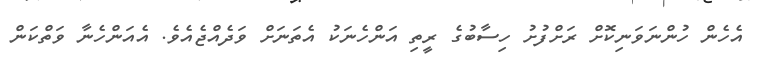
އެހެން ހުންނަވަނިކޮށް ރަށްފުށު ހިސާބުގެ ރީތި އަންހެނަކު އެތަނަށް ވަދެއްޖެއެވެ. އެއަންހެނާ ވަތްކަން